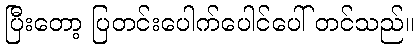
ပြီးတော့ ပြတင်းပေါက်ပေါင်ပေါ် တင်သည်။